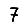
Digit: 7